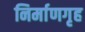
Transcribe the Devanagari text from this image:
निर्माणगृह